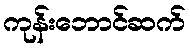
ကုန်းဘောင်ဆက်